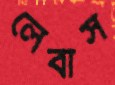
লেবাস